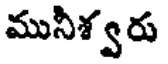
మునీశ్వరు